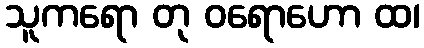
သူကရော တု ဝရောဟော ထ၊